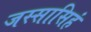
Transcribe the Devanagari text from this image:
जस्सासिहं